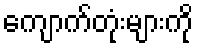
ကျောက်တုံးများကို